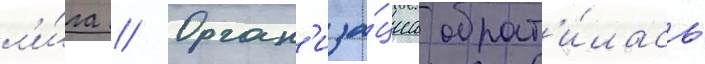
л'и́га // Орган'иза́циа обрат'и́лась